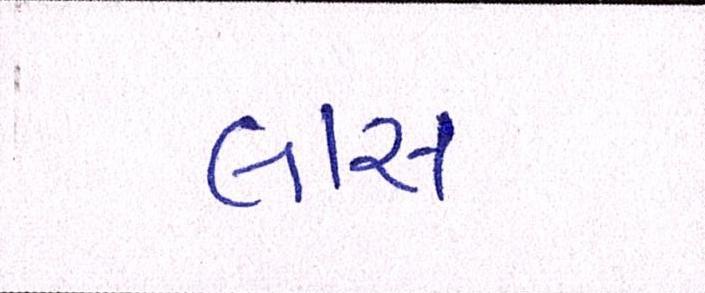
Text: લાસ